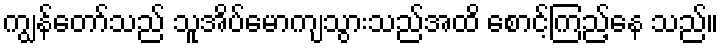
ကျွန်တော်သည် သူအိပ်မောကျသွားသည်အထိ စောင့်ကြည့်နေ သည်။